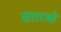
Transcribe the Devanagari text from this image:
सताओं